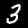
Label: 3